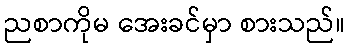
ညစာကိုမ အေးခင်မှာ စားသည်။